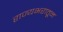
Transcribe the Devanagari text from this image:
राज्यभरातून